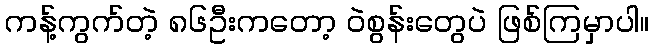
ကန့်ကွက်တဲ့ ၈၆ဦးကတော့ ဝဲစွန်းတွေပဲ ဖြစ်ကြမှာပါ။